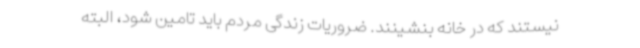
نیستند که در خانه بنشینند. ضروریات زندگی مردم باید تامین شود، البته